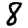
Digit: 8